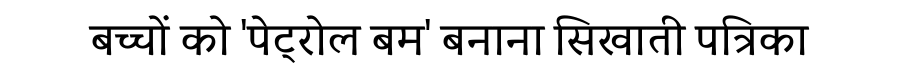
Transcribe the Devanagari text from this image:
बच्चों को 'पेट्रोल बम' बनाना सिखाती पत्रिका